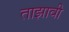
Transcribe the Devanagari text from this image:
ताझावी